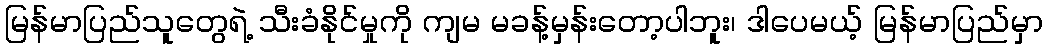
မြန်မာပြည်သူတွေရဲ့ သီးခံနိုင်မှုကို ကျမ မခန့်မှန်းတော့ပါဘူး၊ ဒါပေမယ့် မြန်မာပြည်မှာ